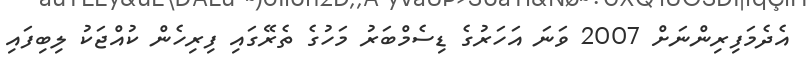
އެދެމަފިރިންނަށް 2007 ވަނަ އަހަރުގެ ޑިސެމްބަރު މަހުގެ ތެރޭގައި ފިރިހެން ކުއްޖަކު ލިބިފައި